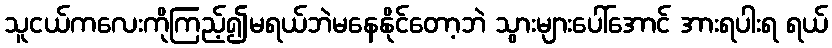
သူငယ်ကလေးကိုကြည့်၍မရယ်ဘဲမနေနိုင်တော့ဘဲ သွားများပေါ်အောင် အားရပါးရ ရယ်